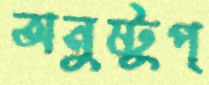
অনুষ্টুপ্‌